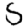
Digit: 5